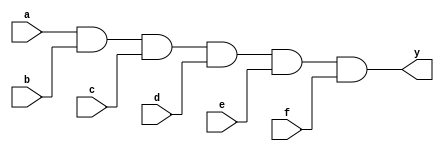
`timescale 1ns / 1ps
//////////////////////////////////////////////////////////////////////////////////
// Module Name: xup_and6
//////////////////////////////////////////////////////////////////////////////////
module xup_and6 #(parameter DELAY=3)(
    input a,
    input b,
    input c,
    input d,
    input e,
    input f,
    output y
    );
    
    and #DELAY (y,a,b,c,d,e,f);
    
endmodule